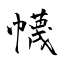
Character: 幭